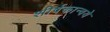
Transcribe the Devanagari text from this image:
शीर्षकान्वये